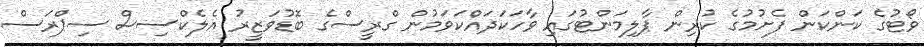
ވޯޓުގެ ކަންކަން ފެށުމުގެ ކުރިން ޕާލިމަންޓުގައި ވާހަކަދައްކަވަމުން ގްރީސްގެ ބޮޑުވަޒީރު އެލެކްސިސް ސިޕްރަސް